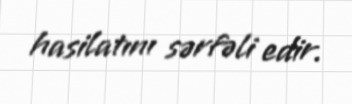
hasilatını sərfəli edir.